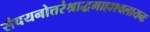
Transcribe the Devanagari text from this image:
संचयनोत्तरंश्राद्धमाहाश्वलायनः